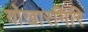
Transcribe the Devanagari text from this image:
गोखारगिरि